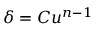
\delta = C u ^ { n - 1 }